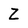
Character: Z